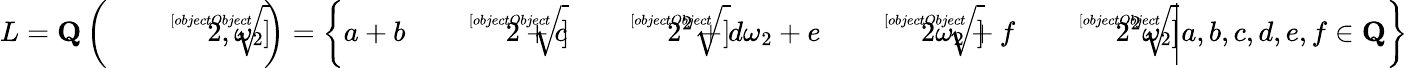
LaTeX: L=\mathbf{Q}\left({\sqrt[[objectObject]]{2}},\omega_{2}\right)=\left\{ \left.a+b{\sqrt[[objectObject]]{2}}+c{\sqrt[[objectObject]]{2^{2}}}+d\omega_{2}+e{\sqrt[[objectObject]]{2}}\omega_{2}+f{\sqrt[[objectObject]]{2^{2}}}\omega_{2}\right|a,b,c,d,e,f\in\mathbf{Q}\right\}